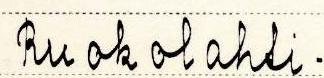
Ruokolahti